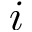
i